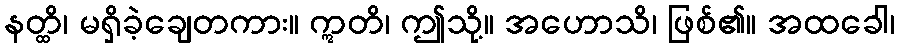
နတ္ထိ၊ မရှိခဲ့ချေတကား။ ဣတိ၊ ဤသို့။ အဟောသိ၊ ဖြစ်၏။ အထခေါ၊